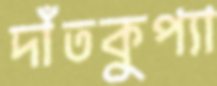
দাঁতকুপ্যা